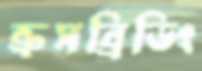
ক্রসব্রিডিং